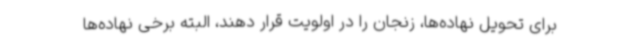
برای تحویل نهاده‌ها، زنجان را در اولویت قرار دهند، البته برخی نهاده‌ها